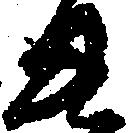
き